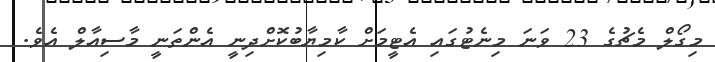
މިގޯލް މެޗުގެ 23 ވަނަ މިނެޓުގައި އެޓީމަށް ކާމިޔާބުކޮށްދިނީ އެންތަނީ މާސިއާލް އެވެ.